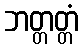
ဘတ္တတ္တံ